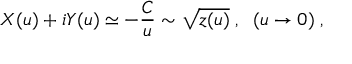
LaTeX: X ( u ) + i Y ( u ) \simeq - \frac { C } { u } \sim \sqrt { z ( u ) } \; , \; \; ( u \rightarrow 0 ) \; ,